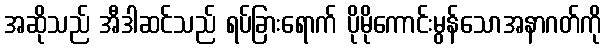
အဆိုသည် အီဒါဆင်သည် ရပ်ခြားရောက် ပိုမိုကောင်းမွန်သောအနာဂတ်ကို